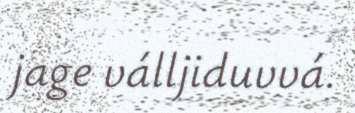
jage válljiduvvá.